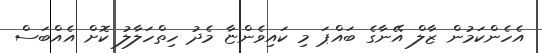
އެެހެންކަމުން ޒާލް އޭނާގެ ބައްޕަ މި ކައިވެންޏާ މެދު ހިތްހަލާލު ކޮށް އެއްބަސް